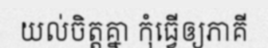
យល់ចិត្តគ្នា កុំធ្វើឲ្យភាគី